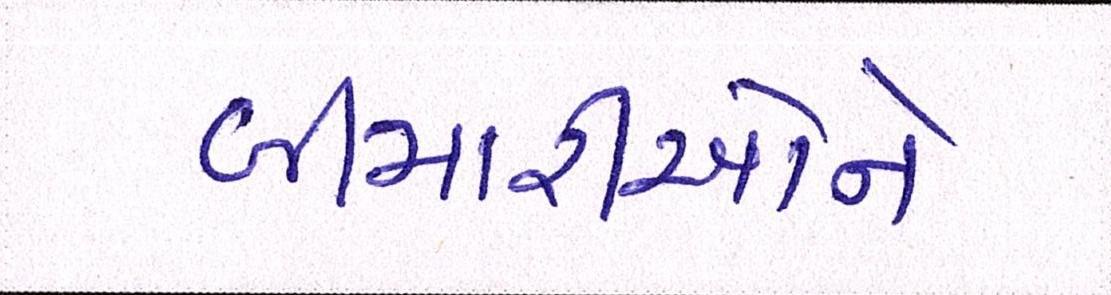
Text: બીમારીઓને